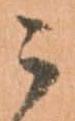
ニ